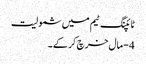
ٹائپنگ ٹیم میں شمولیت
4 - مال خرچ کر کے ۔